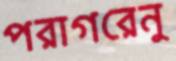
পরাগরেনু